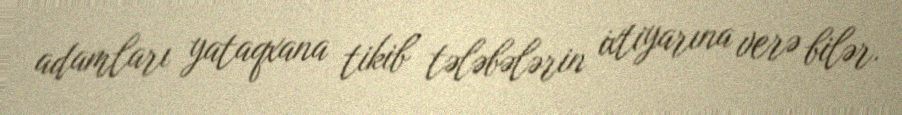
adamları yataqxana tikib tələbələrin ixtiyarına verə bilər.